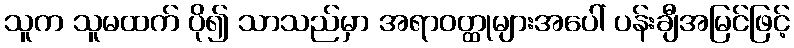
သူက သူမထက် ပို၍ သာသည်မှာ အရာဝတ္ထုများအပေါ် ပန်းချီအမြင်ဖြင့်